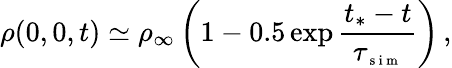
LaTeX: \rho(0,0,t)\simeq\rho_{\infty}\left(1-0.5\exp\frac{t_{*}-t}{\tau_{\scriptsize{\mathrm{~s~i~m~}}}}\right)\, ,